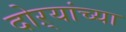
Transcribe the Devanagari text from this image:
दोऱ्यांच्या